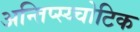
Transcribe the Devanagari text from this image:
अन्तिप्स्य्चोटिक